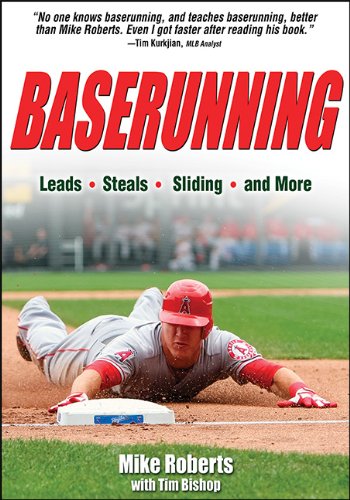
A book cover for Baserunning; Mike Roberts; Sports & Outdoors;